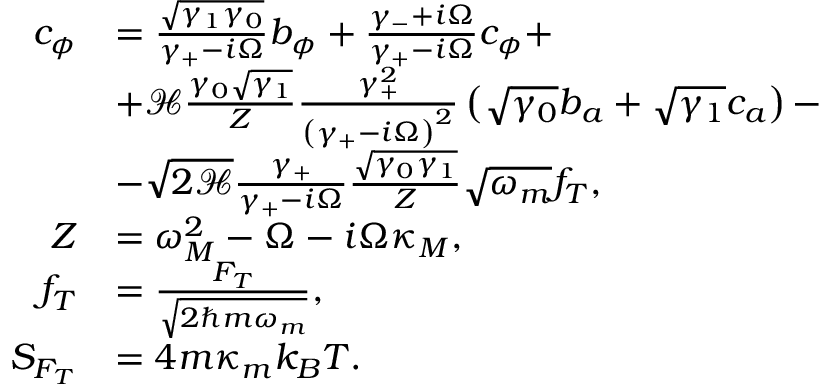
\begin{array} { r l } { c _ { \phi } } & { = \frac { \sqrt { \gamma _ { 1 } \gamma _ { 0 } } } { \gamma _ { + } - i \Omega } b _ { \phi } + \frac { \gamma _ { - } + i \Omega } { \gamma _ { + } - i \Omega } c _ { \phi } + } \\ & { + \mathcal { H } \frac { \gamma _ { 0 } \sqrt { \gamma _ { 1 } } } { Z } \frac { \gamma _ { + } ^ { 2 } } { \left( \gamma _ { + } - i \Omega \right) ^ { 2 } } \left( \sqrt { \gamma _ { 0 } } b _ { a } + \sqrt { \gamma _ { 1 } } c _ { a } \right) - } \\ & { - \sqrt { 2 \mathcal { H } } \frac { \gamma _ { + } } { \gamma _ { + } - i \Omega } \frac { \sqrt { \gamma _ { 0 } \gamma _ { 1 } } } { Z } \sqrt { \omega _ { m } } f _ { T } , } \\ { Z } & { = \omega _ { M } ^ { 2 } - \Omega - i \Omega \kappa _ { M } , } \\ { f _ { T } } & { = \frac { F _ { T } } { \sqrt { 2 \hbar m \omega _ { m } } } , } \\ { S _ { F _ { T } } } & { = 4 m \kappa _ { m } k _ { B } T . } \end{array}